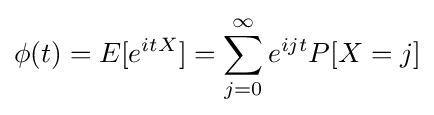
\phi (t)=E[e^{itX}]=\sum _{j=0}^{\infty }e^{ijt}P[X=j]